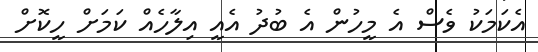
އެކަމަކު ވެސް އެ މީހުން އެ ބުދު އެއީ އިލާހެއް ކަމަށް ހީކޮށް